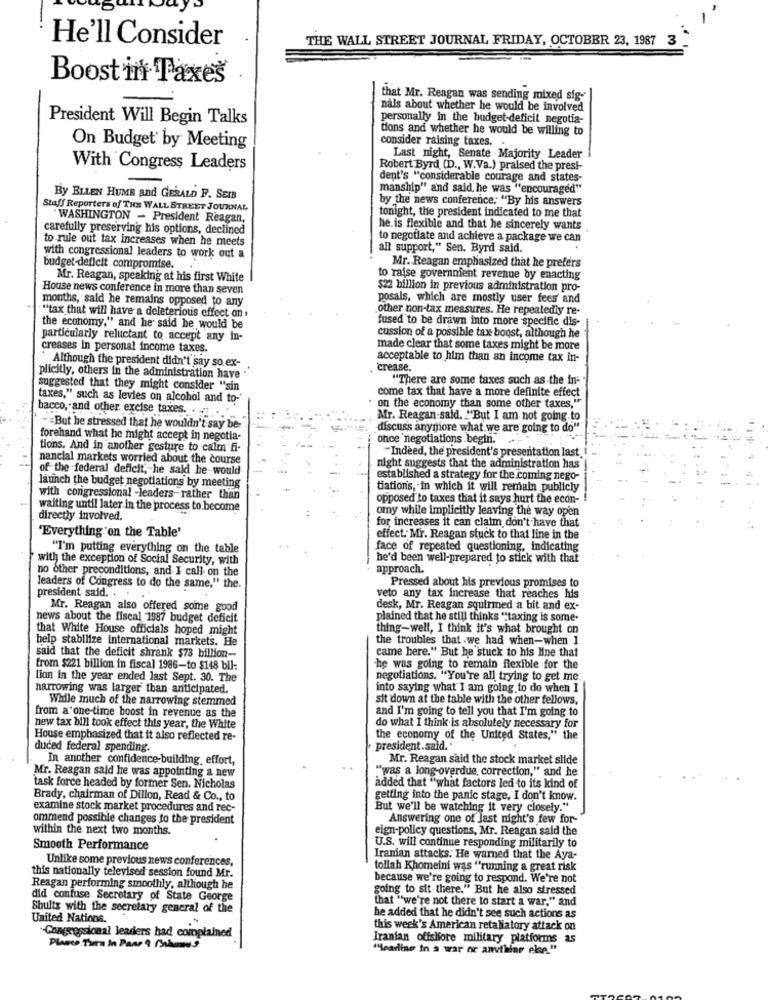
He'll Consider
THE WALL STREET JOURNAL FRIDAY, OCTOBER 23, 1987 3
Boost in Taxes
that Mr. Reagan was sending mixed sig-
nals about whether he would be involved
President Will Begin Talks
personally in the budget-deficit negotia-
tions and whether he would be willing to
consider raising taxes.
On Budget by Meeting
Last night, Senate Majority Leader
With Congress Leaders
Robert Byrd (D ., W.Va.) praised the presi-
dent's "considerable courage and states-
manship" and said, he was "encouraged"
By BLLEN HUME and GERALD F. SEIB
by the news conference: "By his answers
Staff Reporters of THE WALL STREET JOURNAL
tonight, the president indicated to me that
WASHINGTON - President Reagan,
carefully preserving his options, declined
he. is flexible and that he sincerely wants
to rule out tax increases when he meets
to negotiate and achieve a package we can
all support," Sen. Byrd said.
with congressional leaders to work out a
Mr. Reagan emphasized that he prefers
budget-deficit compromise.
Mr. Reagan, speaking at his first White
to raise governnient revenue by enacting
House news conference in more than seven
$22 billion in previous administration pro-
months, said he remains opposed to any
posals, which are mostly user fees' and
other non-tax measures. He repeatedly re-
"""tax that will have a deleterious effect on .
fused to be drawn into more specific dis-
the economy," and he said he would be
cussion of a possible tax boost, although he
particularly reluctant to accept any in-
creases in personal income taxes.
made clear that some taxes might be more
Although the president didn't say so ex-
acceptable to him than an income tax in-
. crease.
plicitly, others in the administration have "
"There are some taxes such as the in-
suggested that they might consider "sin
come tax that have a more definite effect
taxes," such as levies on alcohol and to-
bacco, and other, excise taxes ..
. on the economy than some other taxes,"
Mr. Reagan-said. "But I am not going to
- = But he stressed that he wouldn't say be-
" ... discuss anymore what we are going to do"
forehand what he might accept in negotia-
once negotiations begin.
tions, And in another gesture to calm fi-
nancial markets worried about the course
-Indeed, the president's presentation last
of the federal deficit, he said he would
night suggests that the administration has
launch the budget negotiations by meeting
established a strategy for the coming nego-
tiations, in which it will remain publicly
with congressional -leaders-rather than
opposed to taxes that it says hurt the econ-
waiting until later in the process to become
omy while implicitly leaving the way open
directly involved.
for increases it can claim don't have that
"Everything on the Table'
effect. Mr. Reagan stuck to that line in the
"I'm putting everything on the table
face of repeated questioning, indicating
with the exception of Social Security, with
he'd been well-prepared to stick with that
no other preconditions, and I call on the
approach.
Pressed about his previous promises to
leaders of Congress to do the same," the.
president said. ...
veto any tax increase that reaches his
Mr. Reagan also offered some good
desk, Mr. Reagan squirmed a bit and ex-
news about the fiscal 1987 budget deficit
plained that he still thinks ""taxing is some-
that White House officials hoped might
thing-well, I think it's what brought on
help stabilize international markets. He
the troubles that -we had when-when 1
came here." But he stuck to his line that
said that the deficit shrank $73 billion-
from $221 billion in fiscal 1986-to $148 bil:
-he was going to remain flexible for the
lion in the year ended last Sept. 30. The
negotiations. "You're all trying to get me
narrowing was larger than anticipated.
into saying what I am going to do when I
While much of the narrowing stemmed
sit down at the table with the other fellows,
and I'm going to tell you that I'm going to
from a one-time boost in revenue as the
new tax bill took effect this year, the White
do what I think is absolutely necessary for
House emphasized that it also reflected re-
the economy of the United States," the
duced federal spending.
president.said."
In another confidence-building. effort,
Mr. Reagan said the stock market slide
"was a long-overdue, correction," and he
Mr. Reagan said he was appointing a new
task force headed by former Sen. Nicholas
added that "what factors led to its kind of
Brady, chairman of Dillon, Read & Co ., to
getting into the panic stage, I don't know.
examine stock market procedures and rec-
But we'll be watching it very closely."
ommend possible changes to the president
Answering one of last night's few for-
within the next two months.
eign-policy questions, Mr. Reagan said the
U.S. will continue responding militarily to
Smooth Performance
Unlike some previous news conferences,
Iranian attacks. He warned that the Aya-
tollah Khomeini was "running a great risk
this nationally televised session found Mr.
because we're going to respond. We're not
Reagan performing smoothly, although he
going to sit there." But he also stressed
did confuse Secretary of State George
that "we're not there to start a war," and
Shults with the secretary general of the
United Nations.
he added that he didn't see such actions as
this week's American retaliatory attack on
"Congressional leaders had complained
Iranian offshore military platforms as
Plante Turn In Paar 9 Chanu?
"Headline in a war or anything else."